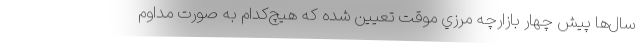
سال‌ها پيش چهار بازارچه مرزي موقت تعيين شده كه هيچ‌كدام به صورت مداوم